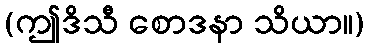
(ဤဒိသီ စောဒနာ သိယာ။)